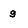
Character: g